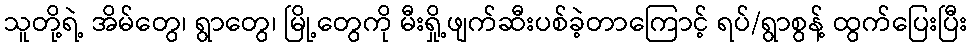
သူတို့ရဲ့ အိမ်တွေ၊ ရွာတွေ၊ မြို့တွေကို မီးရှို့ဖျက်ဆီးပစ်ခဲ့တာကြောင့် ရပ်/ရွာစွန့် ထွက်ပြေးပြီး